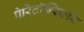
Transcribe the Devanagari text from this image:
पेरिटॉन्सिलर